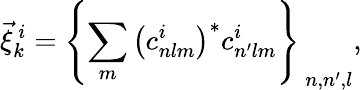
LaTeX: \vec{\xi}_{k}^{\ i}=\left\{ \sum_{m}\left(c_{nlm}^{i}\right)^{*}c_{n^{\prime}lm}^{i}\right\} _{\ n,n^{\prime},l},